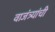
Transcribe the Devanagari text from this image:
वाजंत्र्यांची